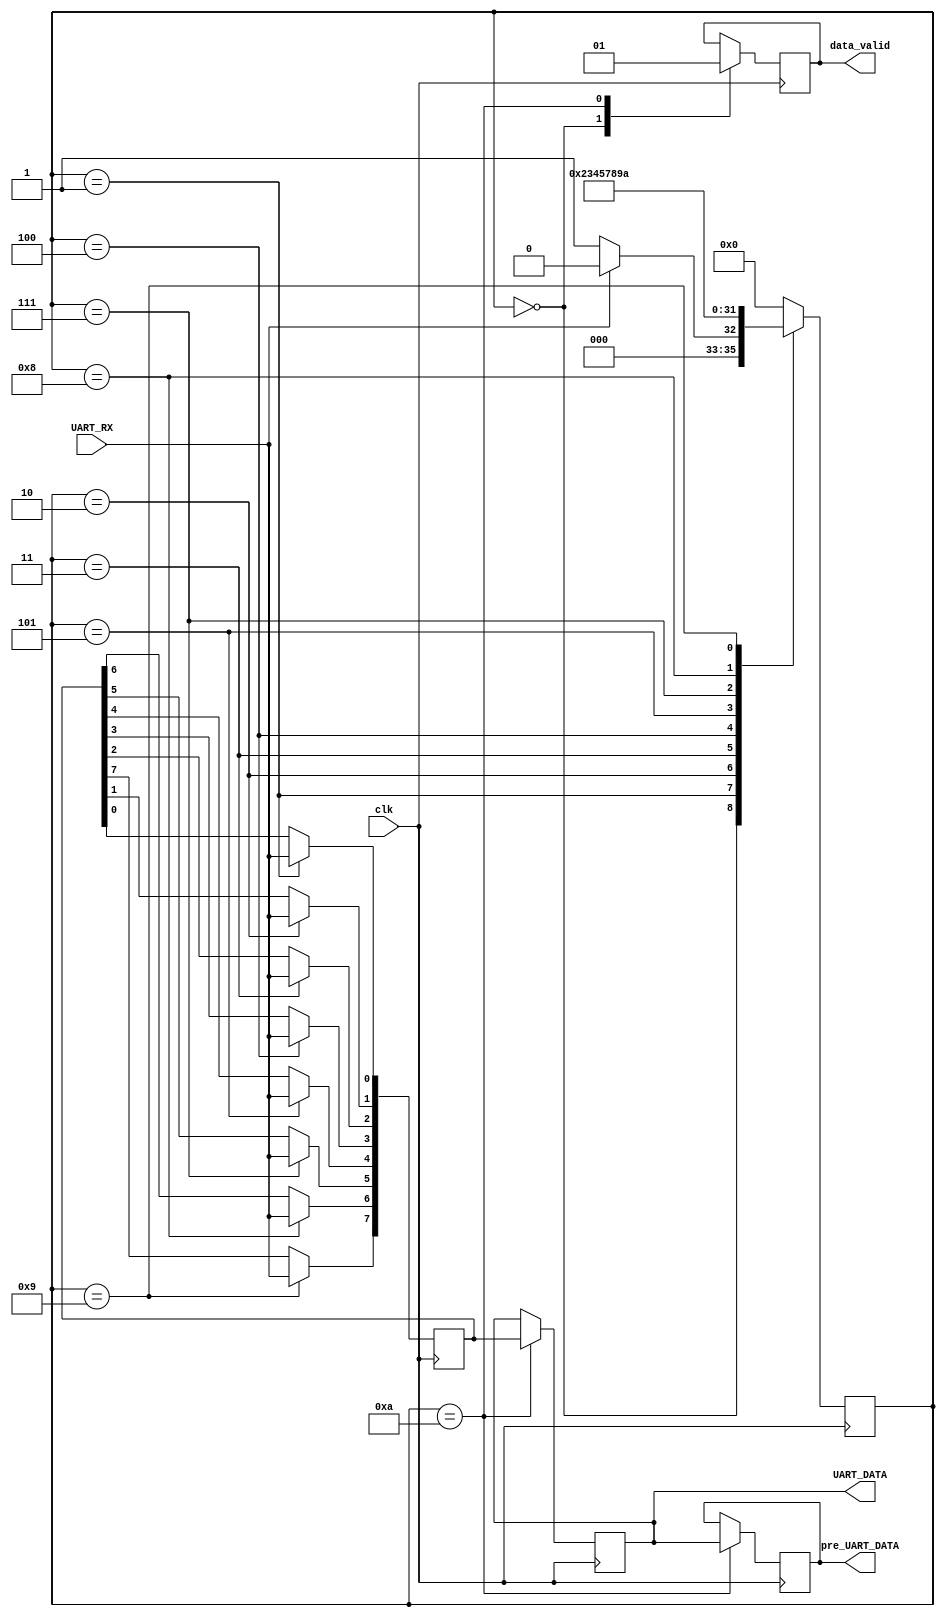
module UART_RX (
    input clk,           // 
    input UART_RX,       // UART
    output reg data_valid,
    output reg [7:0] UART_DATA,pre_UART_DATA // 
);

// 
parameter START_BIT   = 4'b0000;
parameter DATA_BITS_0 = 4'b0001;
parameter DATA_BITS_1 = 4'b0010;
parameter DATA_BITS_2 = 4'b0011;
parameter DATA_BITS_3 = 4'b0100;
parameter DATA_BITS_4 = 4'b0101;
parameter DATA_BITS_5 = 4'b0111;
parameter DATA_BITS_6 = 4'b1000;
parameter DATA_BITS_7 = 4'b1001; // 8
parameter STOP_BIT    = 4'b1010; // 

reg [3:0] state;        // 
reg [7:0] data_reg;     // 8
always @(posedge clk) begin
    case (state)
        START_BIT: begin
            data_valid<=1'b0;
            // START_BIT
            if (!UART_RX) begin                
                state <= DATA_BITS_0;
            end else begin 
                state <= START_BIT;
                end
        end     
        DATA_BITS_0: begin
            state <= DATA_BITS_1;
            data_reg[0] <= UART_RX;
        end
        DATA_BITS_1: begin
            state <= DATA_BITS_2;
            data_reg[1] <= UART_RX;
        end
        DATA_BITS_2: begin
            state <= DATA_BITS_3;
            data_reg[2] <= UART_RX;
        end
        DATA_BITS_3: begin
            state <= DATA_BITS_4;
            data_reg[3] <= UART_RX;
        end
        DATA_BITS_4: begin
            state <= DATA_BITS_5;
            data_reg[4] <= UART_RX;
        end
        DATA_BITS_5: begin
            state <= DATA_BITS_6;
            data_reg[5] <= UART_RX;
        end
        DATA_BITS_6: begin
            state <= DATA_BITS_7;
            data_reg[6] <= UART_RX; // 8
        end
        DATA_BITS_7: begin
            state <= STOP_BIT;
            data_reg[7] <= UART_RX; // 8
        end
        STOP_BIT: begin            
                    pre_UART_DATA=UART_DATA;
                    UART_DATA <= data_reg;
                    data_valid<=1'b1;
                    state <= START_BIT;                          
        end     
        
        default: state <= START_BIT;
    endcase
end

endmodule